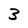
Character: 3